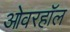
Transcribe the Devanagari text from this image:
ओवरहॉल